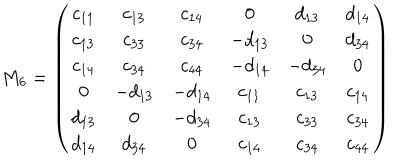
M _ { 6 } = \left( \begin{array} { c c c c c c } { { c _ { 1 1 } } } & { { c _ { 1 3 } } } & { { c _ { 1 4 } } } & { { 0 } } & { { d _ { 1 3 } } } & { { d _ { 1 4 } } } \\ { { c _ { 1 3 } } } & { { c _ { 3 3 } } } & { { c _ { 3 4 } } } & { { - d _ { 1 3 } } } & { { 0 } } & { { d _ { 3 4 } } } \\ { { c _ { 1 4 } } } & { { c _ { 3 4 } } } & { { c _ { 4 4 } } } & { { - d _ { 1 4 } } } & { { - d _ { 3 4 } } } & { { 0 } } \\ { { 0 } } & { { - d _ { 1 3 } } } & { { - d _ { 1 4 } } } & { { c _ { 1 1 } } } & { { c _ { 1 3 } } } & { { c _ { 1 4 } } } \\ { { d _ { 1 3 } } } & { { 0 } } & { { - d _ { 3 4 } } } & { { c _ { 1 3 } } } & { { c _ { 3 3 } } } & { { c _ { 3 4 } } } \\ { { d _ { 1 4 } } } & { { d _ { 3 4 } } } & { { 0 } } & { { c _ { 1 4 } } } & { { c _ { 3 4 } } } & { { c _ { 4 4 } } } \\ \end{array} \right)